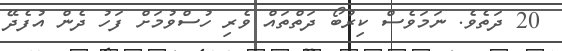
20 ދަތެވެ. ނަމަވެސް ކިރުބޯ ދަތްތައް ވެރި ހުސްވުމަށް ފަހު ދެން އުފެދޭ